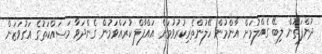
ދުންފަތުން ލިބޭ ގެއްލުމަށް އާންމުން ހޭލުންތެރިކުރުވުމަށް އައްފާލް ކުރައްވަމުން ގެންދަވާ މަސައްކަތުގެ އަގުވަޒަން